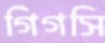
গিগসি